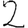
Digit: 2